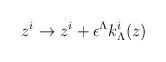
LaTeX: \begin{align*}z^i \to z^i + \epsilon^\Lambda k_\Lambda^i (z)\end{align*}